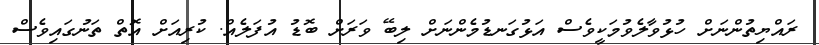
ރައްޔިތުންނަށް ހުޅުވާލެވުމަކީވެސް އަޅުގަނޑުމެންނަށް ލިބޭ ވަރަށް ބޮޑު އުފަލެއް. ކުރިއަށް އޮތް ތަނުގައިވެސް